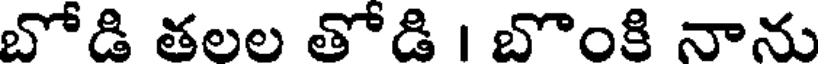
బోడి తలల తోడి । బొంకి నాను